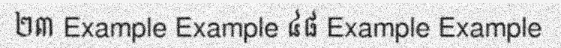
២៣ Example Example ៤៨ Example Example